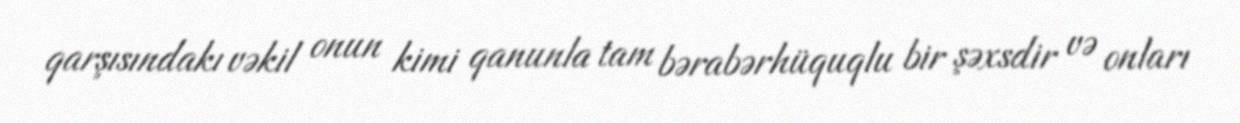
qarşısındakı vəkil onun kimi qanunla tam bərabərhüquqlu bir şəxsdir və onları